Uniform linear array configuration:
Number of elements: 12
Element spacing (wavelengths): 0.25
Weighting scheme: binomial
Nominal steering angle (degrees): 30
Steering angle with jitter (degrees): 31.761
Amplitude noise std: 0.05
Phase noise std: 0.05

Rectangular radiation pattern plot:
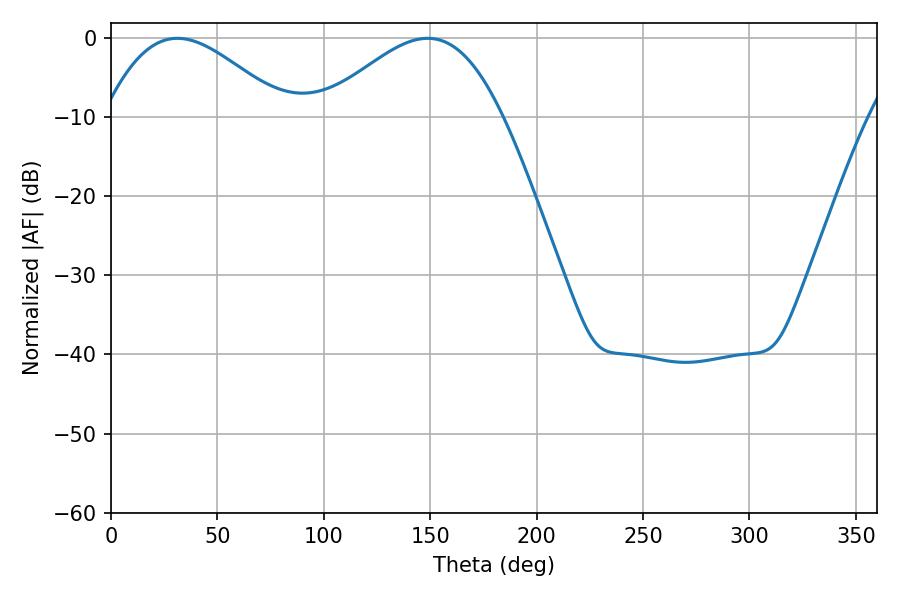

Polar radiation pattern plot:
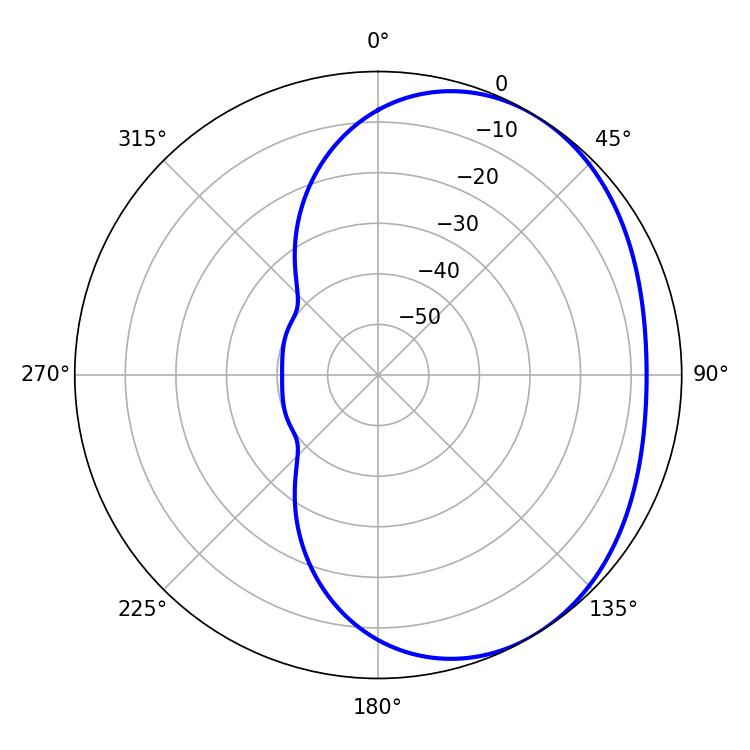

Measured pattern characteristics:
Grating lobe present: FALSE
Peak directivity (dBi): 2.935
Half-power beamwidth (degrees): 45.72
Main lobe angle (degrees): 31.14